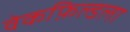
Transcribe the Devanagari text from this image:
वेकफ़िल्डला